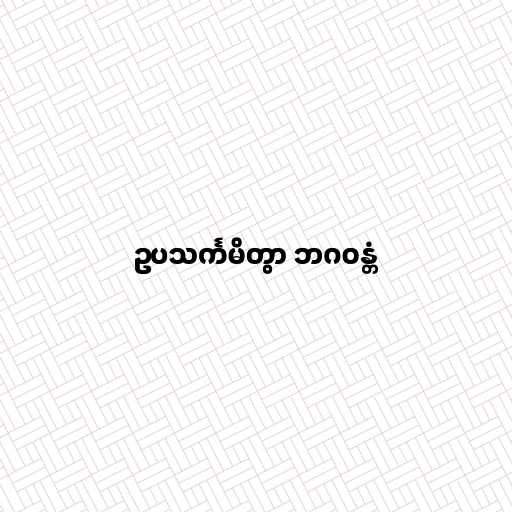
ဥပသင်္ကမိတွာ ဘဂဝန္တံ